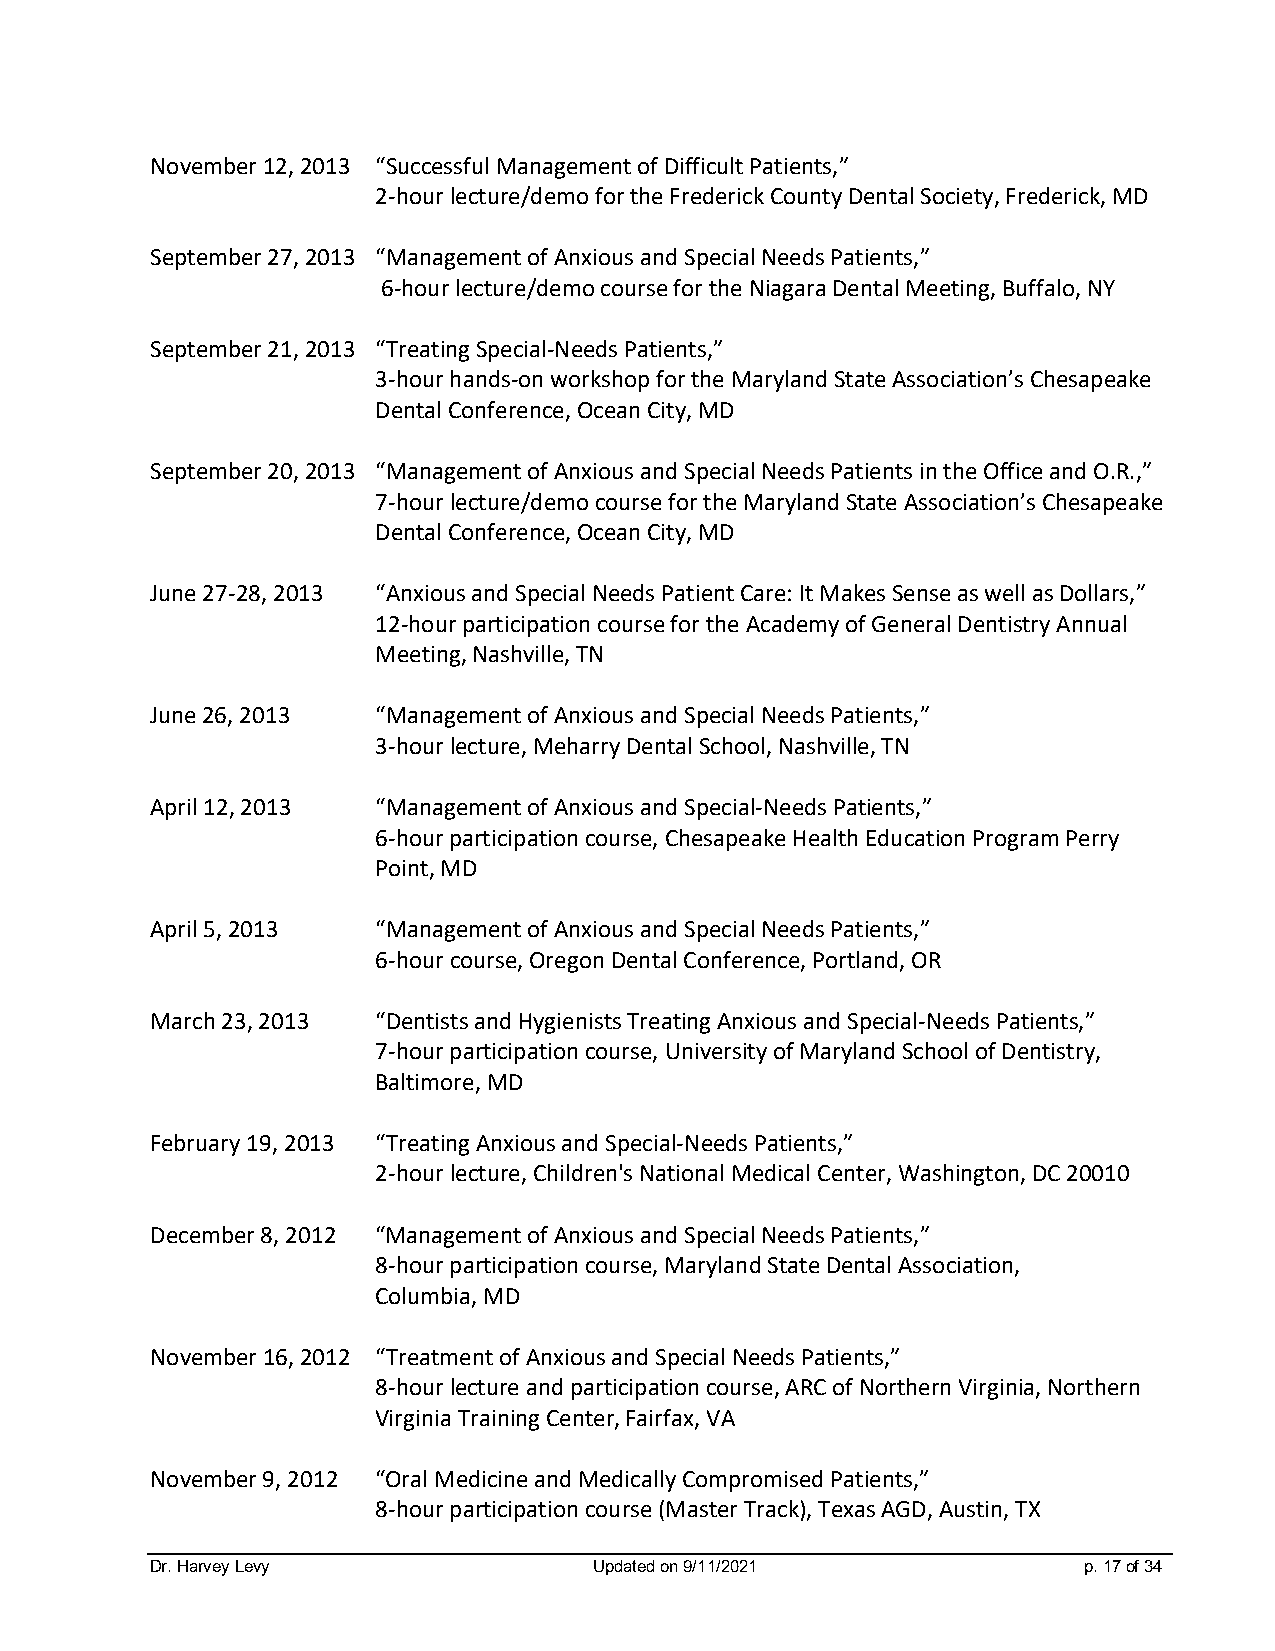
November 12, 2013 “Successful Management of Difficult Patients,”
 2-hour lecture/demo for the Frederick County Dental Society, Frederick, MD
 September 27, 2013 “Management of Anxious and Special Needs Patients,”
 6-hour lecture/demo course for the Niagara Dental Meeting, Buffalo, NY
 September 21, 2013 “Treating Special-Needs Patients,”
 3-hour hands-on workshop for the Maryland State Association’s Chesapeake
 Dental Conference, Ocean City, MD
 September 20, 2013 “Management of Anxious and Special Needs Patients in the Office and O.R.,”
 7-hour lecture/demo course for the Maryland State Association’s Chesapeake
 Dental Conference, Ocean City, MD
 June 27-28, 2013 “Anxious and Special Needs Patient Care: It Makes Sense as well as Dollars,”
 12-hour participation course for the Academy of General Dentistry Annual
 Meeting, Nashville, TN
 June 26, 2013  “Management of Anxious and Special Needs Patients,”
 3-hour lecture, Meharry Dental School, Nashville, TN
 April 12, 2013 “Management of Anxious and Special-Needs Patients,”
 6-hour participation course, Chesapeake Health Education Program Perry
 Point, MD
 April 5, 2013  “Management of Anxious and Special Needs Patients,”
 6-hour course, Oregon Dental Conference, Portland, OR
 March 23, 2013 “Dentists and Hygienists Treating Anxious and Special-Needs Patients,”
 7-hour participation course, University of Maryland School of Dentistry,
 Baltimore, MD
 February 19, 2013 “Treating Anxious and Special-Needs Patients,”
 2-hour lecture, Children's National Medical Center, Washington, DC 20010
 December 8, 2012 “Management of Anxious and Special Needs Patients,”
 8-hour participation course, Maryland State Dental Association,
 Columbia, MD
 November 16, 2012 “Treatment of Anxious and Special Needs Patients,”
 8-hour lecture and participation course, ARC of Northern Virginia, Northern
 Virginia Training Center, Fairfax, VA
 November 9, 2012 “Oral Medicine and Medically Compromised Patients,”
 8-hour participation course (Master Track), Texas AGD, Austin, TX
 Dr. Harvey Levy              Updated on 9/11/2021             p. 17 of 34